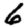
Digit: 6